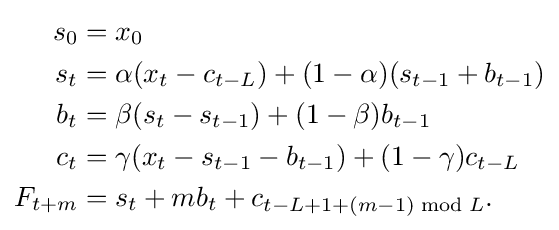
{\begin{aligned}s_{0}&=x_{0}\\s_{t}&=\alpha (x_{t}-c_{t-L})+(1-\alpha )(s_{t-1}+b_{t-1})\\b_{t}&=\beta (s_{t}-s_{t-1})+(1-\beta )b_{t-1}\\c_{t}&=\gamma (x_{t}-s_{t-1}-b_{t-1})+(1-\gamma )c_{t-L}\\F_{t+m}&=s_{t}+mb_{t}+c_{t-L+1+(m-1){\bmod {L}}}.\\\end{aligned}}